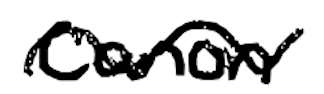
Text: canon
Cross-out: wave
Writing tool: digital_black